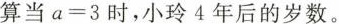
算当 $$ a = 3 $$时，小玲4年后的岁数。